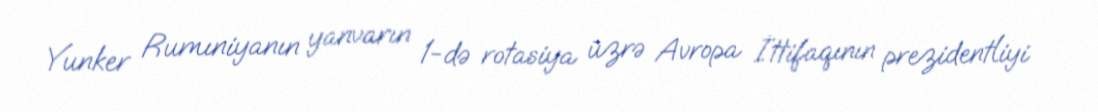
Yunker Rumıniyanın yanvarın 1-də rotasiya üzrə Avropa İttifaqının prezidentliyi